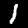
Digit: 1